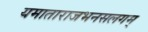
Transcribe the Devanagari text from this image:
यमाताराजभनसलगम्